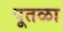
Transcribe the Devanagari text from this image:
पूतळा